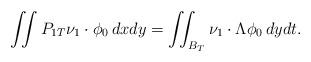
LaTeX: \begin{align*}\iint P_{1T}\nu_1\cdot\phi_0\,dxdy = \iint_{B_T} \nu_1\cdot\Lambda\phi_0\,dydt.\end{align*}